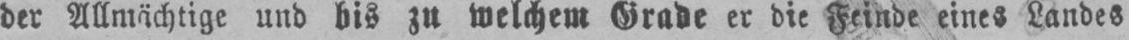
der Allmächtige und bis zu welchem Grade er die Feinde eines Landes